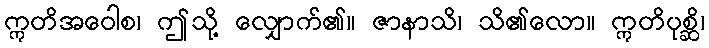
ဣတိအဝေါစ၊ ဤသို့ လျှောက်၏။ ဇာနာသိ၊ သိ၏လော။ ဣတိပုစ္ဆိ၊